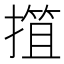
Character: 𢲶